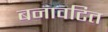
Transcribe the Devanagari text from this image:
बनावटित